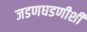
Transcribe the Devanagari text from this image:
जडणघडणीशी